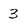
Character: 3